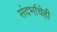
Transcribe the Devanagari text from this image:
संदर्भाचेही